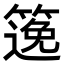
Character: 𥱃